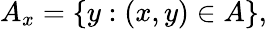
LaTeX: A_{x}=\{ y:(x,y)\in A\} ,